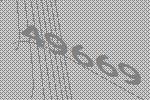
49669